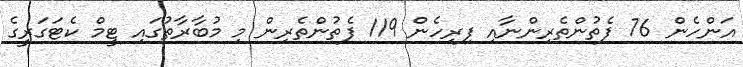
އަންހެން 76 ފެތުންތެރިންނާއި ފިރިހެން 119 ފެތުންތެރިން މި މުބާރާތުގައި ޓީމް ކެޓަގަރީގެ